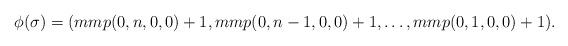
LaTeX: \begin{align*}\phi(\sigma) = (mmp(0,n,0,0)+1,mmp(0,n-1,0,0)+1,\hdots, mmp(0,1,0,0)+1).\end{align*}